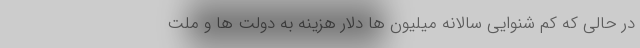
در حالی که کم شنوایی سالانه میلیون ها دلار هزینه به دولت ها و ملت